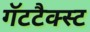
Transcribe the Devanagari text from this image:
गॅटटैक्स्ट